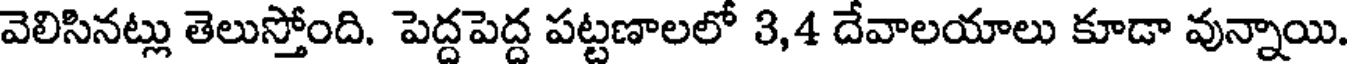
వెలిసినట్లు తెలుస్తోంది. పెద్దపెద్ద పట్టణాలలో 3,4 దేవాలయాలు కూడా వున్నాయి.